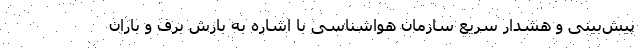
پیش‌بینی و هشدار سریع سازمان هواشناسی با اشاره به بارش برف و باران